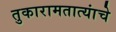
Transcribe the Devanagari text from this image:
तुकारामतात्यांचे